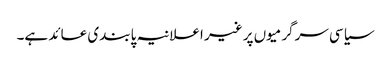
سیاسی سرگرمیوں پر غیر اعلانیہ پابندی عائد ہے۔